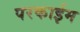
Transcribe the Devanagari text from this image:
परकाईम